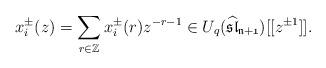
LaTeX: \begin{align*}x_{i}^{\pm}(z)=\sum_{r\in\mathbb{Z}}x_{i}^{\pm}(r)z^{-r-1}\in U_{q}(\mathfrak{\widehat{\mathfrak{sl}}_{n+1}})[[z^{\pm 1}]].\end{align*}